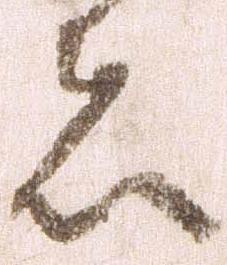
者